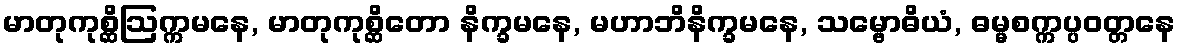
မာတုကုစ္ဆိဩက္ကမနေ, မာတုကုစ္ဆိတော နိက္ခမနေ, မဟာဘိနိက္ခမနေ, သမ္ဗောဓိယံ, ဓမ္မစက္ကပ္ပဝတ္တနေ